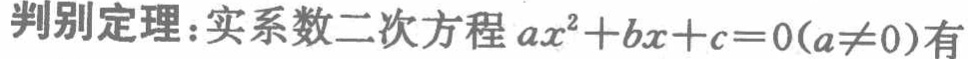
判别定理：实系数二次方程 \(ax^{2}+bx + c = 0(a\neq0)\)有